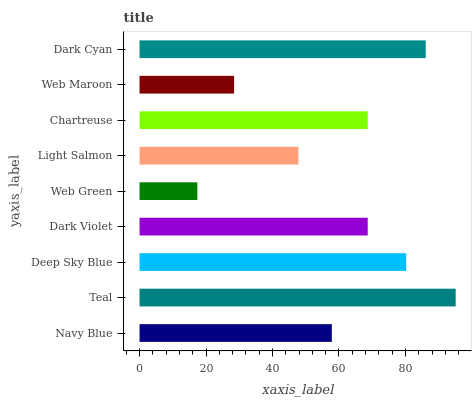
| yaxis_label | bars |
 | --- | --- |
 | Navy Blue | 57.8 |
 | Teal | 95.1 |
 | Deep Sky Blue | 80.2 |
 | Dark Violet | 68.6 |
 | Web Green | 17.4 |
 | Light Salmon | 47.8 |
 | Chartreuse | 68.7 |
 | Web Maroon | 28.4 |
 | Dark Cyan | 86.1 |